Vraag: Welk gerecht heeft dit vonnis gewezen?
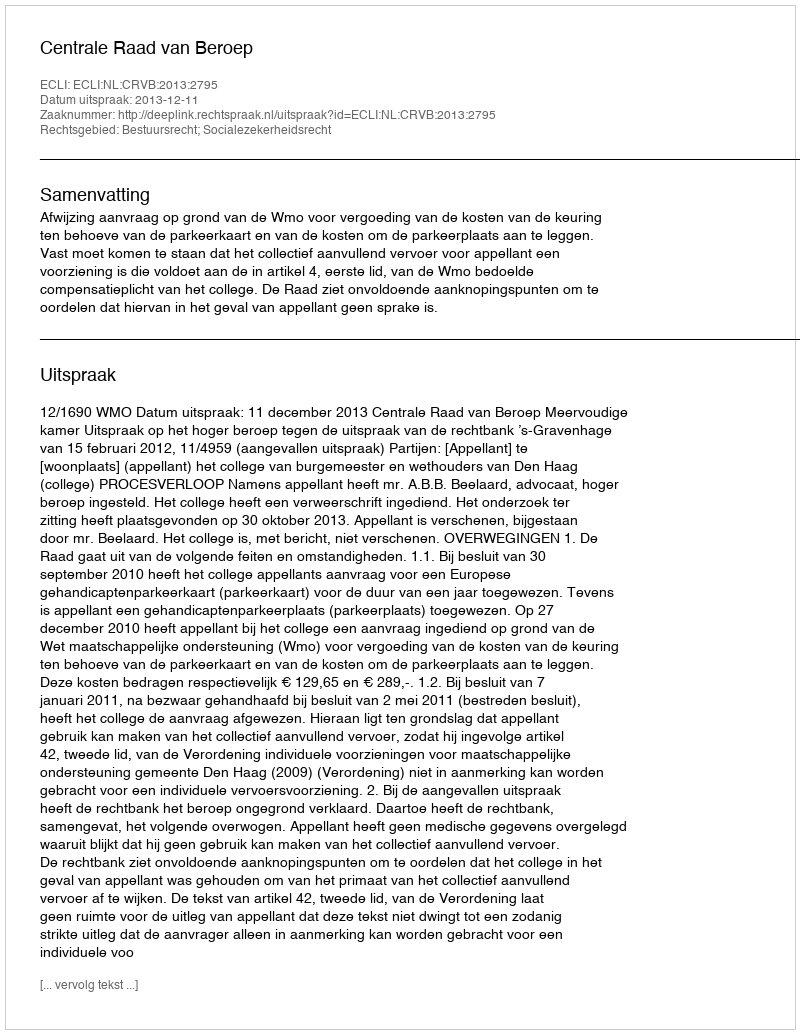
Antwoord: Centrale Raad van Beroep